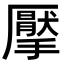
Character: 擪